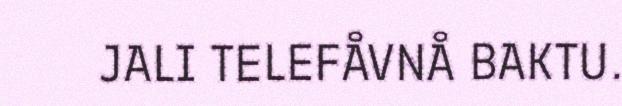
JALI TELEFÅVNÅ BAKTU.